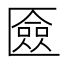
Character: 匳